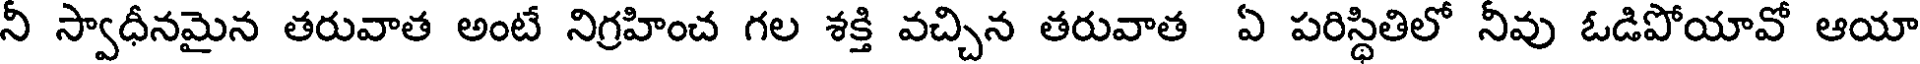
నీ స్వాధీనమైన తరువాత అంటే నిగ్రహించ గల శక్తి వచ్చిన తరువాత ఏ పరిస్థితిలో నీవు ఓడిపోయావో ఆయా